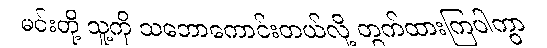
မင်းတို့ သူ့ကို သဘောကောင်းတယ်လို့ တွက်ထားကြပါကွာ